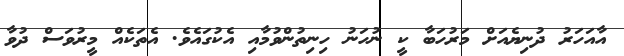
އާއަހަރު ދުނިޔެއަށް މަރުހަބާ ކީ ނުހަނު ހިނިތުންވުމާއި އެކުގައެވެ. އެތަކެއް މީރުވަސް ދުވާ